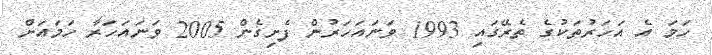
ހަމަ އެ އަހަރުތަކުގެ ތެރޭގައި 1993 ވަނައަހަރުން ފެށިގެން 2005 ވަނައަހަރާ ހަމައަށް